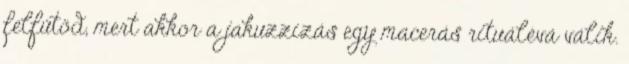
felfűtöd, mert akkor a jakuzzizás egy macerás rituálévá válik.